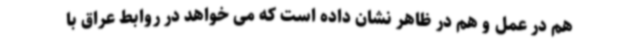
هم در عمل و هم در ظاهر نشان داده است که می خواهد در روابط عراق با